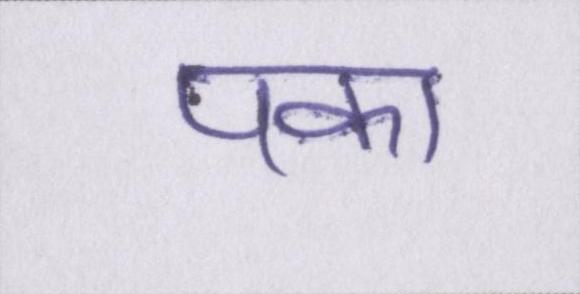
पका